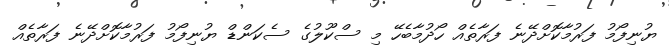
ޔުނިފޯމު ފަރުމާކޮށްދޭނެ ފަރާތެއް ހޯދުމާބެހޭ މި ސްކޫލުގެ ސެކަންޑް ޔުނިފޯމު ފަރުމާކޮށްދޭނެ ފަރާތެއް